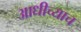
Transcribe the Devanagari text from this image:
आधीच्याच